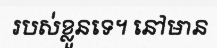
របស់ខ្លួនទេ។ នៅមាន